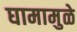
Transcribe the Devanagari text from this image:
घामामुळे